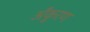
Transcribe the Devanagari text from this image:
अँकुरण